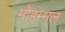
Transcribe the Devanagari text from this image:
मोहम्मल